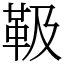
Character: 靸